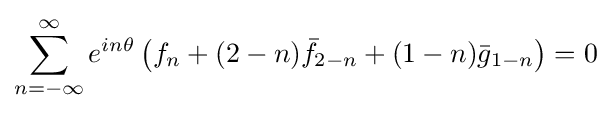
\sum _{n=-\infty }^{\infty }e^{in\theta }\left(f_{n}+(2-n){\bar {f}}_{2-n}+(1-n){\bar {g}}_{1-n}\right)=0